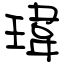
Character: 瑋